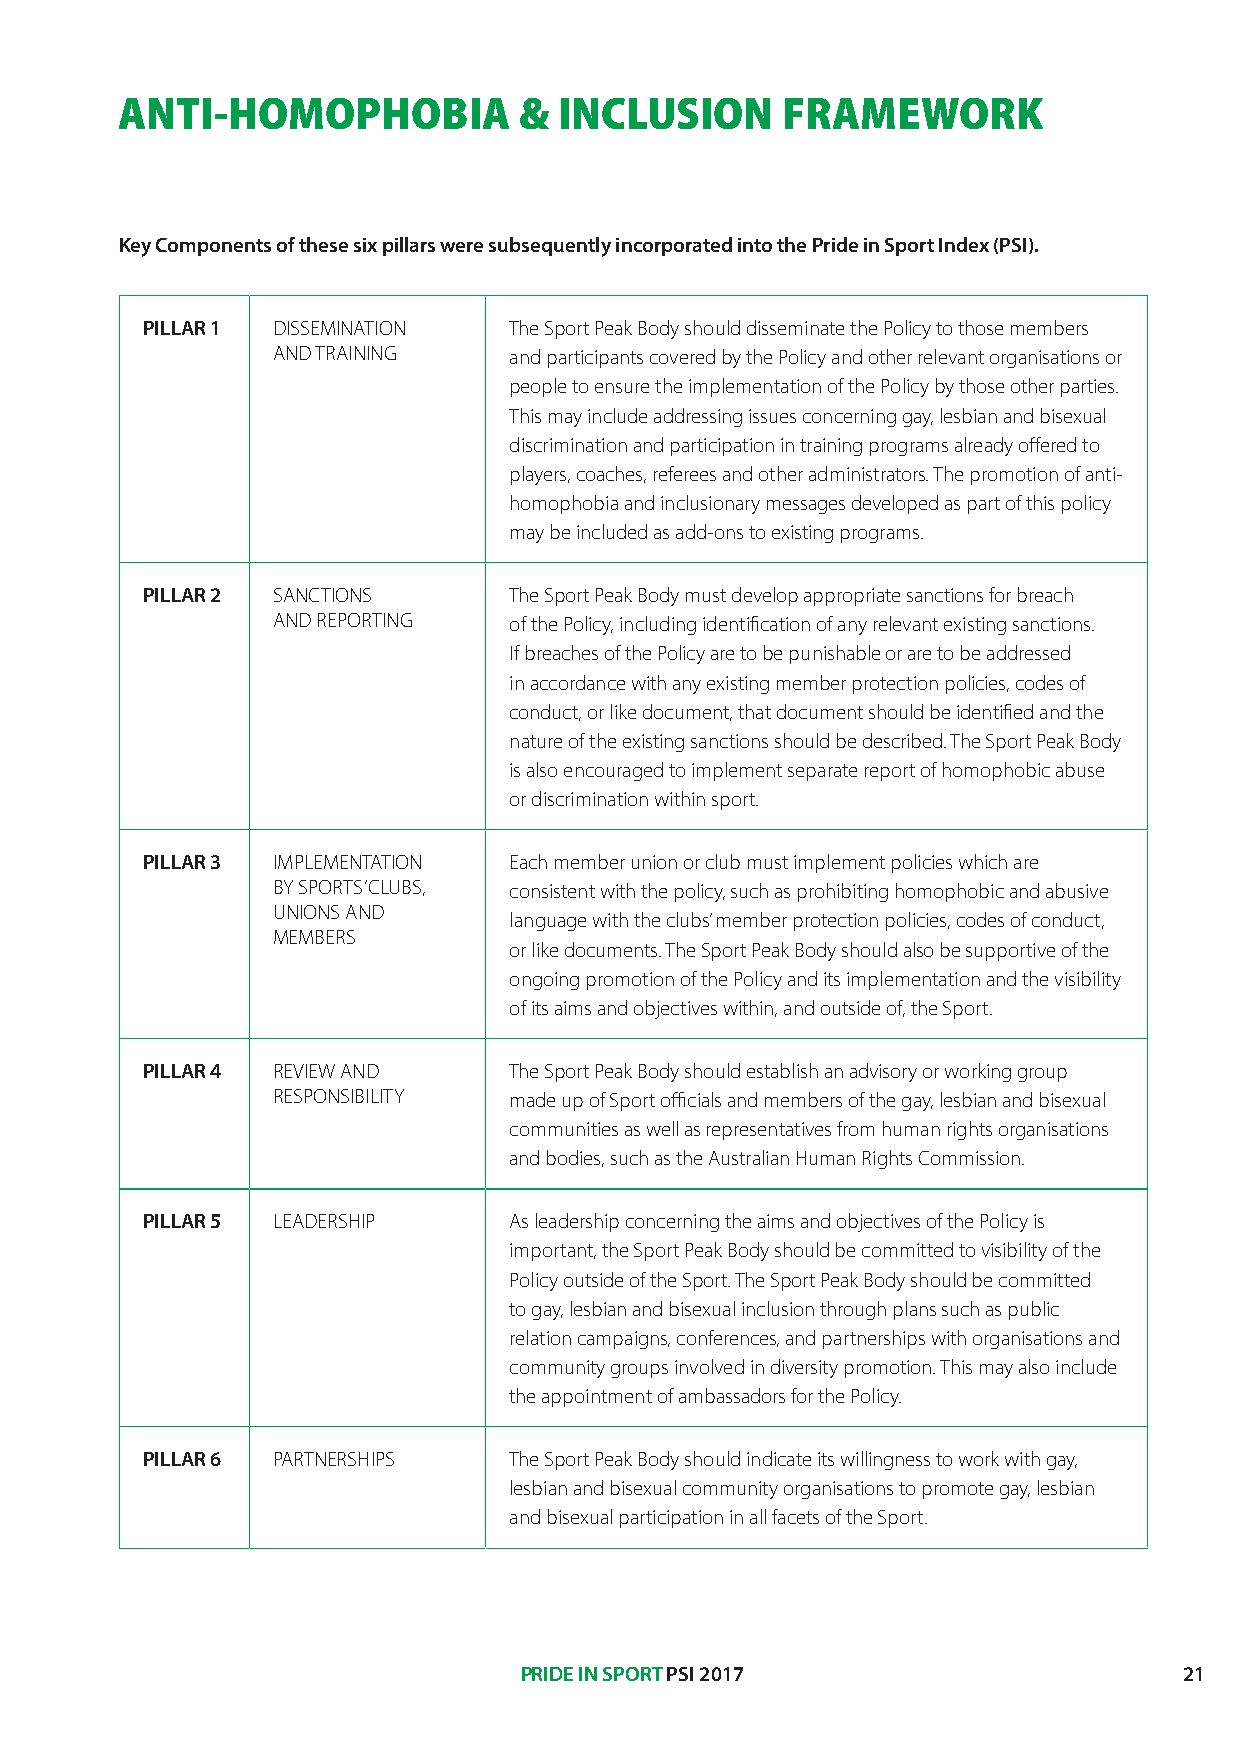
ANTI-HOMOPHOBIA           &  INCLUSION      FRAMEWORK
 Key Components of these six pillars were subsequently incorporated into the Pride in Sport Index (PSI).
 PILLAR 1 DISSEMINATION   The Sport Peak Body should disseminate the Policy to those members
 AND TRAINING    and participants covered by the Policy and other relevant organisations or
 people to ensure the implementation of the Policy by those other parties.
 This may include addressing issues concerning gay, lesbian and bisexual
 discrimination and participation in training programs already offered to
 players, coaches, referees and other administrators. The promotion of anti-
 homophobia and inclusionary messages developed as part of this policy
 may be included as add-ons to existing programs.
 PILLAR 2 SANCTIONS       The Sport Peak Body must develop appropriate sanctions for breach
 AND REPORTING   of the Policy, including identification of any relevant existing sanctions.
 If breaches of the Policy are to be punishable or are to be addressed
 in accordance with any existing member protection policies, codes of
 conduct, or like document, that document should be identified and the
 nature of the existing sanctions should be described. The Sport Peak Body
 is also encouraged to implement separate report of homophobic abuse
 or discrimination within sport.
 PILLAR 3 IMPLEMENTATION  Each member union or club must implement policies which are
 BY SPORTS’ CLUBS, consistent with the policy, such as prohibiting homophobic and abusive
 UNIONS AND
 language with the clubs’ member protection policies, codes of conduct,
 MEMBERS
 or like documents. The Sport Peak Body should also be supportive of the
 ongoing promotion of the Policy and its implementation and the visibility
 of its aims and objectives within, and outside of, the Sport.
 PILLAR 4 REVIEW AND      The Sport Peak Body should establish an advisory or working group
 RESPONSIBILITY  made up of Sport officials and members of the gay, lesbian and bisexual
 communities as well as representatives from human rights organisations
 and bodies, such as the Australian Human Rights Commission.
 PILLAR 5 LEADERSHIP      As leadership concerning the aims and objectives of the Policy is
 important, the Sport Peak Body should be committed to visibility of the
 Policy outside of the Sport. The Sport Peak Body should be committed
 to gay, lesbian and bisexual inclusion through plans such as public
 relation campaigns, conferences, and partnerships with organisations and
 community groups involved in diversity promotion. This may also include
 the appointment of ambassadors for the Policy.
 PILLAR 6 PARTNERSHIPS    The Sport Peak Body should indicate its willingness to work with gay,
 lesbian and bisexual community organisations to promote gay, lesbian
 and bisexual participation in all facets of the Sport.
 PRIDE IN SPORT PSI 2017                     21